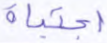
اجتباه